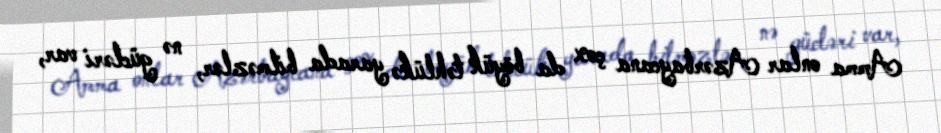
Amma onlar Azərbaycana çox da böyük təhlükə yarada bilməzlər, nə gücləri var,